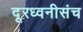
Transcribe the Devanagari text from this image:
दूरध्वनीसंच